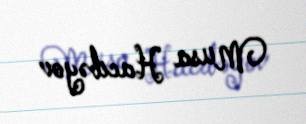
Musa Hacıbəyov